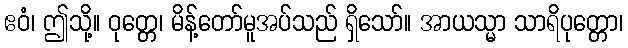
ဧဝံ၊ ဤသို့။ ဝုတ္တေ၊ မိန့်တော်မူအပ်သည် ရှိသော်။ အာယသ္မာ သာရိပုတ္တော၊